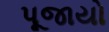
પૂજાયો